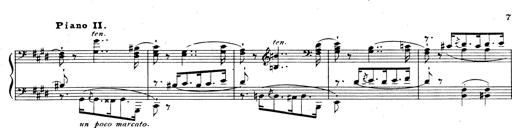
Title: Rhapsodie espagnole
Composer: Franz Liszt